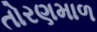
તોરણમાળ